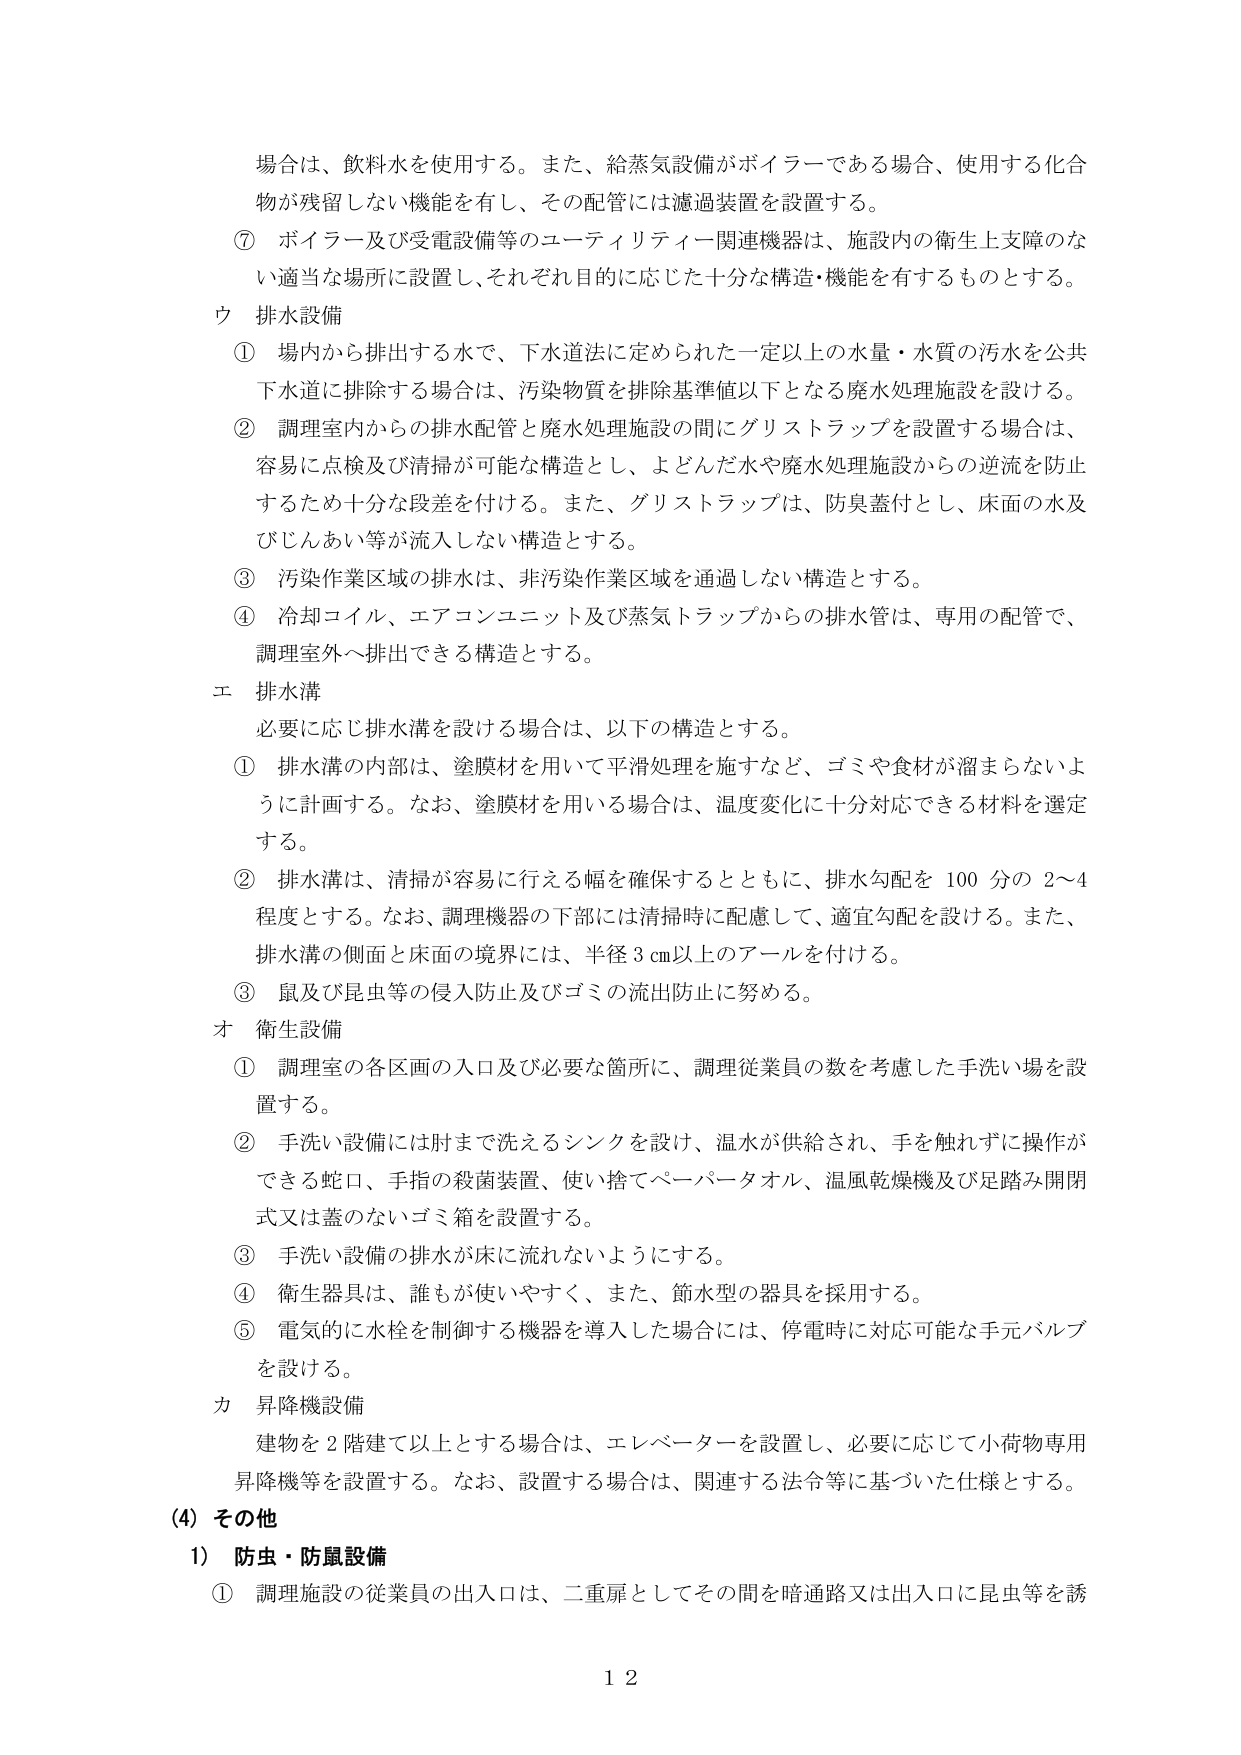
場合は、飲料水を使用する。また、給蒸気設備がボイラーである場合、使用する化合物が残留しない機能を有し、その配管には濾過装置を設置する。

⑦ ボイラー及び受電設備等のユーティリティー関連機器は、施設内の衛生上支障のない適当な場所に設置し、それぞれ目的に応じた十分な構造・機能を有するものとする。

ウ 排水設備

① 場内から排出する水で、下水道法に定められた一定以上の水量・水質の汚水を公共下水道に排除する場合は、汚染物質を排除基準値以下となる廃水処理施設を設ける。

② 調理室内からの排水配管と廃水処理施設の間にグリストラップを設置する場合は、容易に点検及び清掃が可能な構造とし、よどんだ水や廃水処理施設からの逆流を防止するため十分な段差を付ける。また、グリストラップは、防臭蓋付とし、床面の水及びじんあい等が流入しない構造とする。

③ 汚染作業区域の排水は、非汚染作業区域を通過しない構造とする。

④ 冷却コイル、エアコンユニット及び蒸気トラップからの排水管は、専用の配管で、調理室外へ排出できる構造とする。

エ 排水溝

必要に応じ排水溝を設ける場合は、以下の構造とする。

① 排水溝の内部は、塗膜材を用いて平滑処理を施すなど、ゴミや食材が溜まらないように計画する。なお、塗膜材を用いる場合は、温度変化に十分対応できる材料を選定する。

② 排水溝は、清掃が容易に行える幅を確保するとともに、排水勾配を100分の2～4程度とする。なお、調理機器の下部には清掃時に配慮して、適宜勾配を設ける。また、排水溝の側面と床面の境界には、半径3cm以上のアールを付ける。

③ 鼠及び昆虫等の侵入防止及びゴミの流出防止に努める。

オ 衛生設備

① 調理室の各区画の入口及び必要な箇所に、調理従業員の数を考慮した手洗い場を設置する。

② 手洗い設備には肘まで洗えるシンクを設け、温水が供給され、手を触れずに操作ができる蛇口、手指の殺菌装置、使い捨てペーパータオル、温風乾燥機及び足踏み開閉式又は蓋のないゴミ箱を設置する。

③ 手洗い設備の排水が床に流れないようにする。

④ 衛生器具は、誰もが使いやすく、また、節水型の器具を採用する。

⑤ 電気的に水栓を制御する機器を導入した場合には、停電時に対応可能な手元バルブを設ける。

カ 昇降機設備

建物を2階建て以上とする場合は、エレベーターを設置し、必要に応じて小荷物専用昇降機等を設置する。なお、設置する場合は、関連する法令等に基づいた仕様とする。

(4) その他

1) 防虫・防鼠設備

① 調理施設の従業員の出入口は、二重扉としてその間を暗通路又は出入口に昆虫等を誘

12